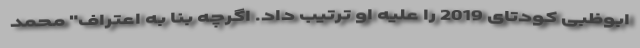
ابوظبی کودتای 2019 را علیه او ترتیب داد. اگرچه بنا به اعتراف" محمد